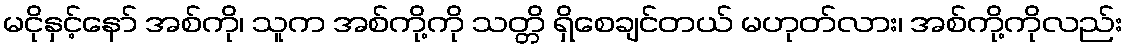
မငိုနှင့်နော် အစ်ကို၊ သူက အစ်ကို့ကို သတ္တိ ရှိစေချင်တယ် မဟုတ်လား၊ အစ်ကို့ကိုလည်း